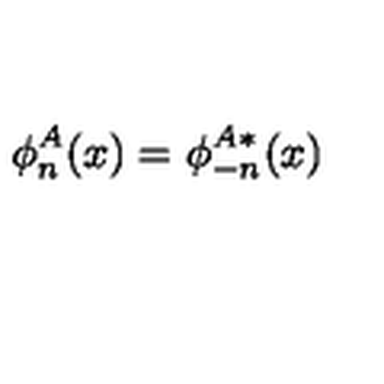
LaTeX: \phi _ { n } ^ { A } ( x ) = \phi _ { - n } ^ { A \ast } ( x )